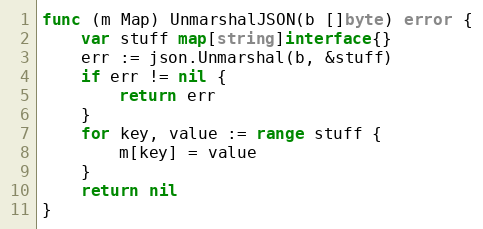
Language: Go
func (m Map) UnmarshalJSON(b []byte) error {
	var stuff map[string]interface{}
	err := json.Unmarshal(b, &stuff)
	if err != nil {
		return err
	}
	for key, value := range stuff {
		m[key] = value
	}
	return nil
}